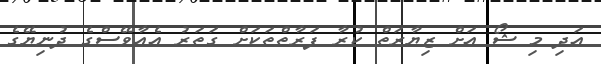
އަދި މި ޝޯ އަށް ޒިޔާރަތް ކުރާ ފަރާތްތަކަށް ގަތަރު އެއާވޭސްގެ ދުނިޔޭގެ